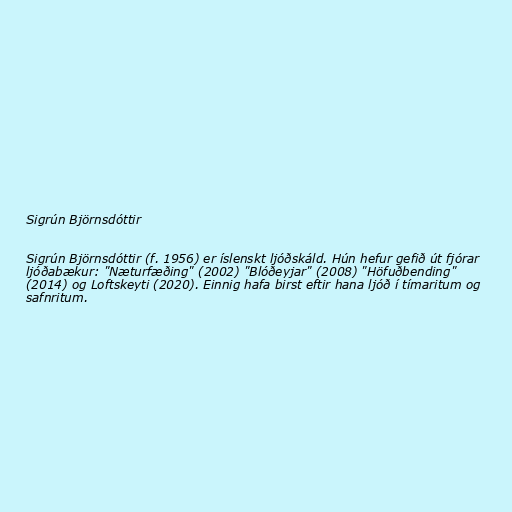
Sigrún Björnsdóttir

Sigrún Björnsdóttir (f. 1956) er íslenskt ljóðskáld. Hún hefur gefið út fjórar
ljóðabækur: "Næturfæðing" (2002) "Blóðeyjar" (2008) "Höfuðbending"
(2014) og Loftskeyti (2020). Einnig hafa birst eftir hana ljóð í tímaritum og
safnritum.